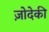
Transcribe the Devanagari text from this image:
ज़ोदेकी